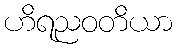
ဟိရညဝတိယာ